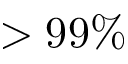
> 9 9 \%